Papers set at the Examination for Leaving Certificates, 1893
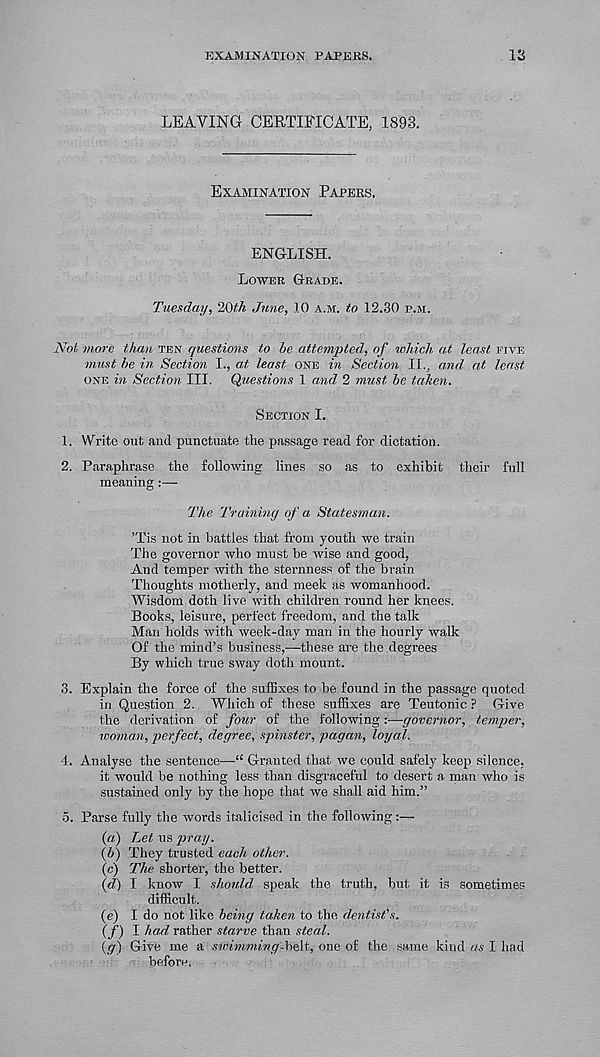
EXAMINATION PAPEKS.
13
LEAVING CERTIFICATE, 1893.
EXAMINATION PAPERS.
ENGLISH.
LOWER GRADE.
Tuesday, 20th June, 10 A.M. to 12.30 P.M.
Not more than TEN questions to be attempted, of which at least FIVE
must he in Section I., at least ONE in Section II., and at least
ONE in Section III. Questions 1 and 2 must he taken.
SECTION I.
1. Write out and punctuate the passage read for dictation.
2. Paraphrase the following lines so as to exhibit their full
meaning:—-
The Training of a Statesman.
’Tis not in battles that from youth we train
The governor who must be wise and good,
And temper with the sternness of the brain
Thoughts motherly, and meek as womanhood.
Wisdom doth live with children round her knees.
Books, leisure, perfect freedom, and the talk
Man holds with week-day man in the hourly walk
Of the mind’s business,—these are the degrees
By which true sway doth mount.
3. Explain the force of the suffixes to be found in the passage quoted
in Question 2. Which of these suffixes are Teutonic ? Give
the derivation of four of the following:—governor, temper,
woman, perfect, degree, spinster, pagan, loyal.
4. Analyse the sentence—“ Granted that we could safely keep silence,
it would be nothing less than disgraceful to desert a. man who is
sustained only by the hope that we shall aid him.”
5. Parse fully the words italicised in the following:—
(«) Let us pray.
{b) They trusted each other.
(c) The shorter, the better.
{d) I know I should speak the truth, but it is sometimes
difficult.
(e) I do not like being taken to the dentist's.
(/) I had rather starve than steal.
{g) Give me a swimming-belt, one of the same kind as I had
before.